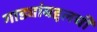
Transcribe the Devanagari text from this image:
गाड्यांबद्दलची